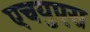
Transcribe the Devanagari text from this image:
एचयुएस